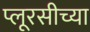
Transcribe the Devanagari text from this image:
प्लूरसीच्या